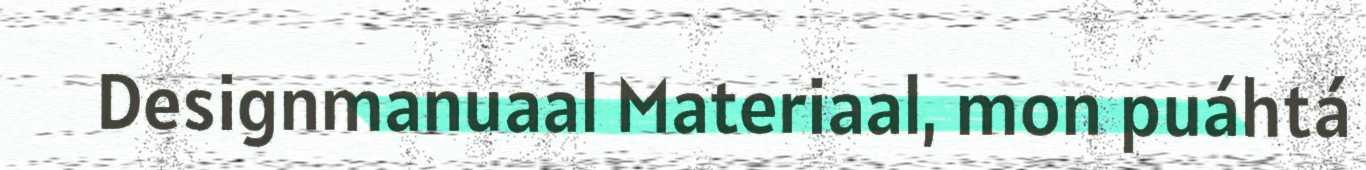
Designmanuaal Materiaal, mon puáhtá